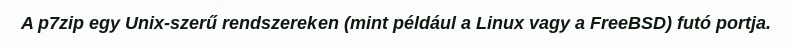
A p7zip egy Unix-szerű rendszereken (mint például a Linux vagy a FreeBSD) futó portja.